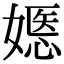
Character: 嫕